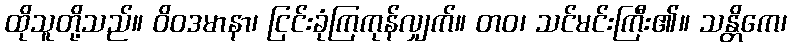
ထိုသူတို့သည်။ ဝိဝဒမာနာ၊ ငြင်းခုံကြကုန်လျှက်။ တဝ၊ သင်မင်းကြီး၏။ သန္တိကေ၊